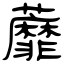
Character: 蘼